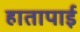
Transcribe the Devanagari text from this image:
हातापाई